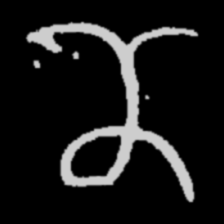
Pyu character \u2014 Myanmar letter: ဏ (romanized: nna)